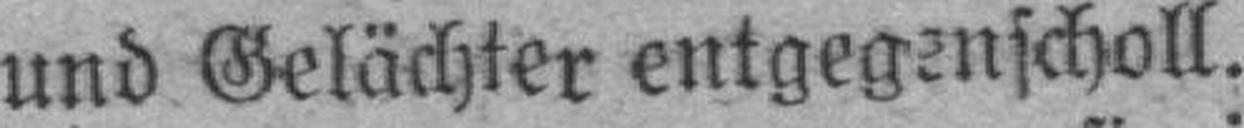
und Gelächter entgegenscholl.